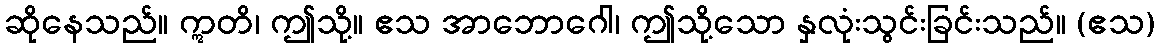
ဆိုနေသည်။ ဣတိ၊ ဤသို့။ ဧသ အာဘောဂေါ၊ ဤသို့သော နှလုံးသွင်းခြင်းသည်။ (ဧသ)